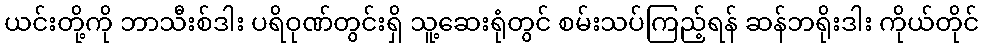
ယင်းတို့ကို ဘာသီးစ်ဒါး ပရိဝုဏ်တွင်းရှိ သူ့ဆေးရုံတွင် စမ်းသပ်ကြည့်ရန် ဆန်ဘရိုးဒါး ကိုယ်တိုင်